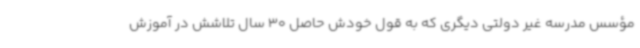
مؤسس مدرسه غیر دولتی دیگری که به قول خودش حاصل 30 سال تلاشش در آموزش